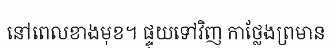
នៅពេលខាងមុខ។ ផ្ទុយទៅវិញ កាថ្លែងព្រមាន